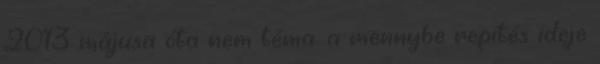
2013 májusa óta nem téma. a mennybe repítés ideje